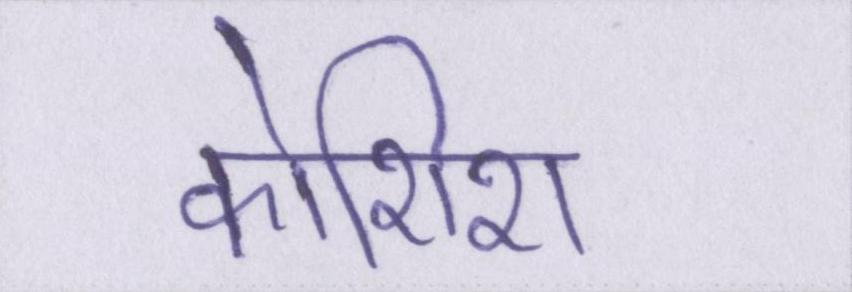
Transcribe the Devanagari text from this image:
कोशिश